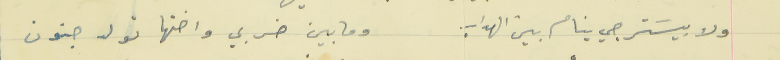
ولا بيسَترجي ينام بين الهداب                                  وما بين ضربي واختها تولد جنون